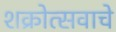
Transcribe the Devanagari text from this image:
शक्रोत्सवाचे